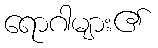
ရောဂါများ၏